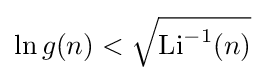
\ln g(n)<{\sqrt {\mathrm {Li} ^{-1}(n)}}